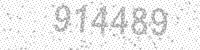
Solution: 914489